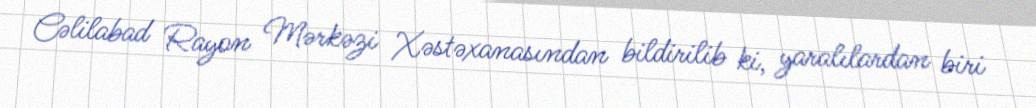
Cəlilabad Rayon Mərkəzi Xəstəxanasından bildirilib ki, yaralılardan biri